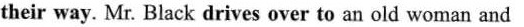
their way. Mr. Black drives over to an old woman and